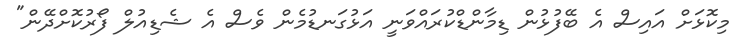
މިކޮޅަށް އައިސް އެ ބޭފުޅުން ޑިމާންޑްކުރައްވަނީ އަޅުގަނޑުމެން ވެސް އެ ޝެޑިއުލް ފޯރުކޮށްދޭން"